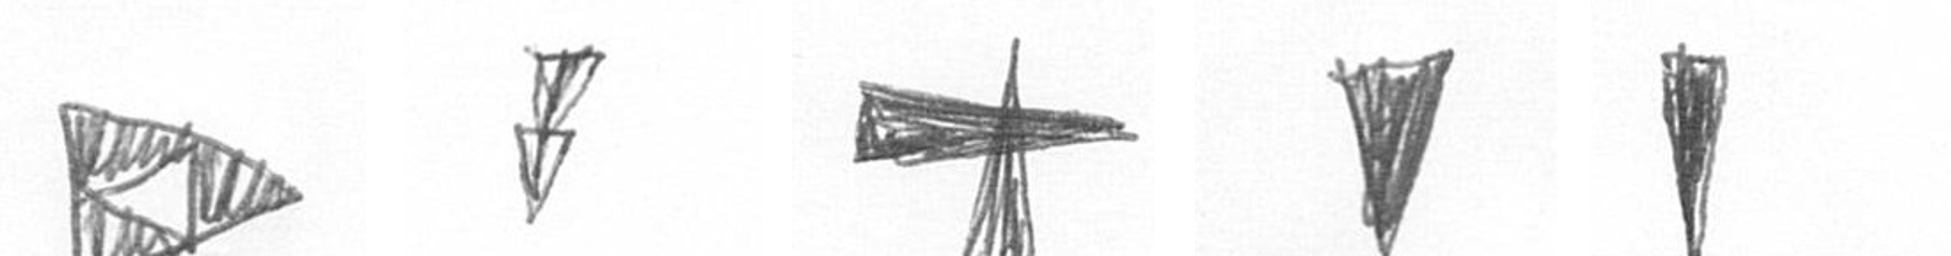
K Z G J J